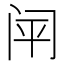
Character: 𰿬